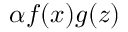
\alpha f ( x ) g ( z )